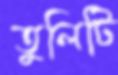
তুলিটি